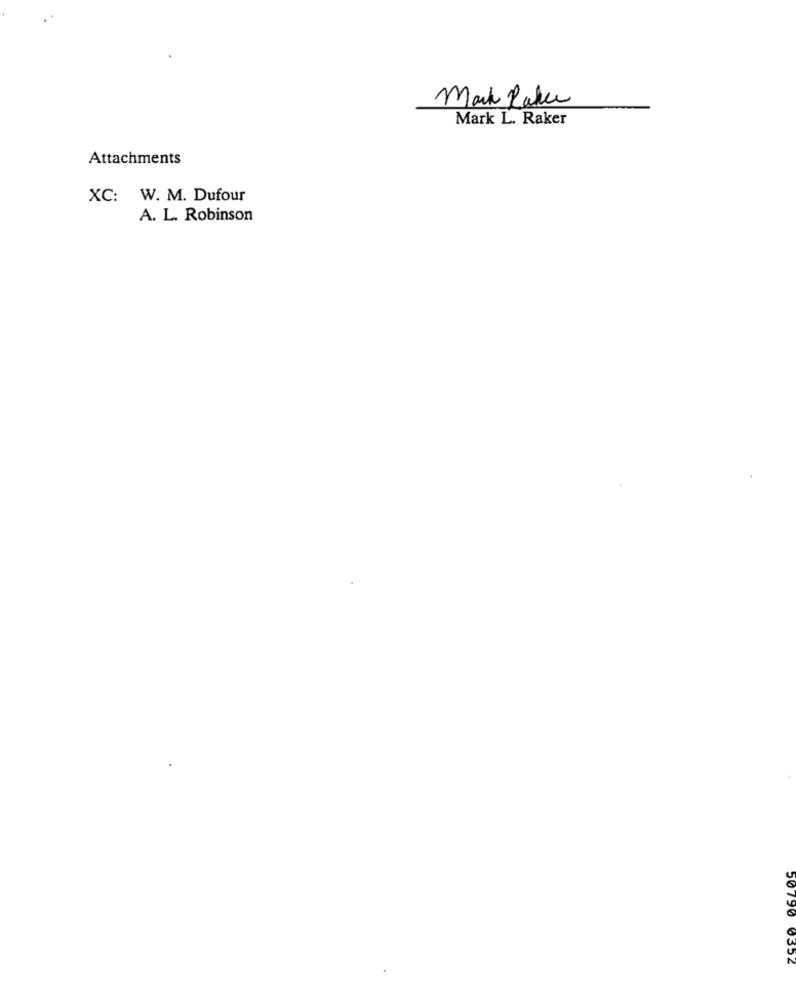
Mark Pakke
Mark L. Raker
Attachments
XC: W. M. Dufour
A. L. Robinson
50790 0352